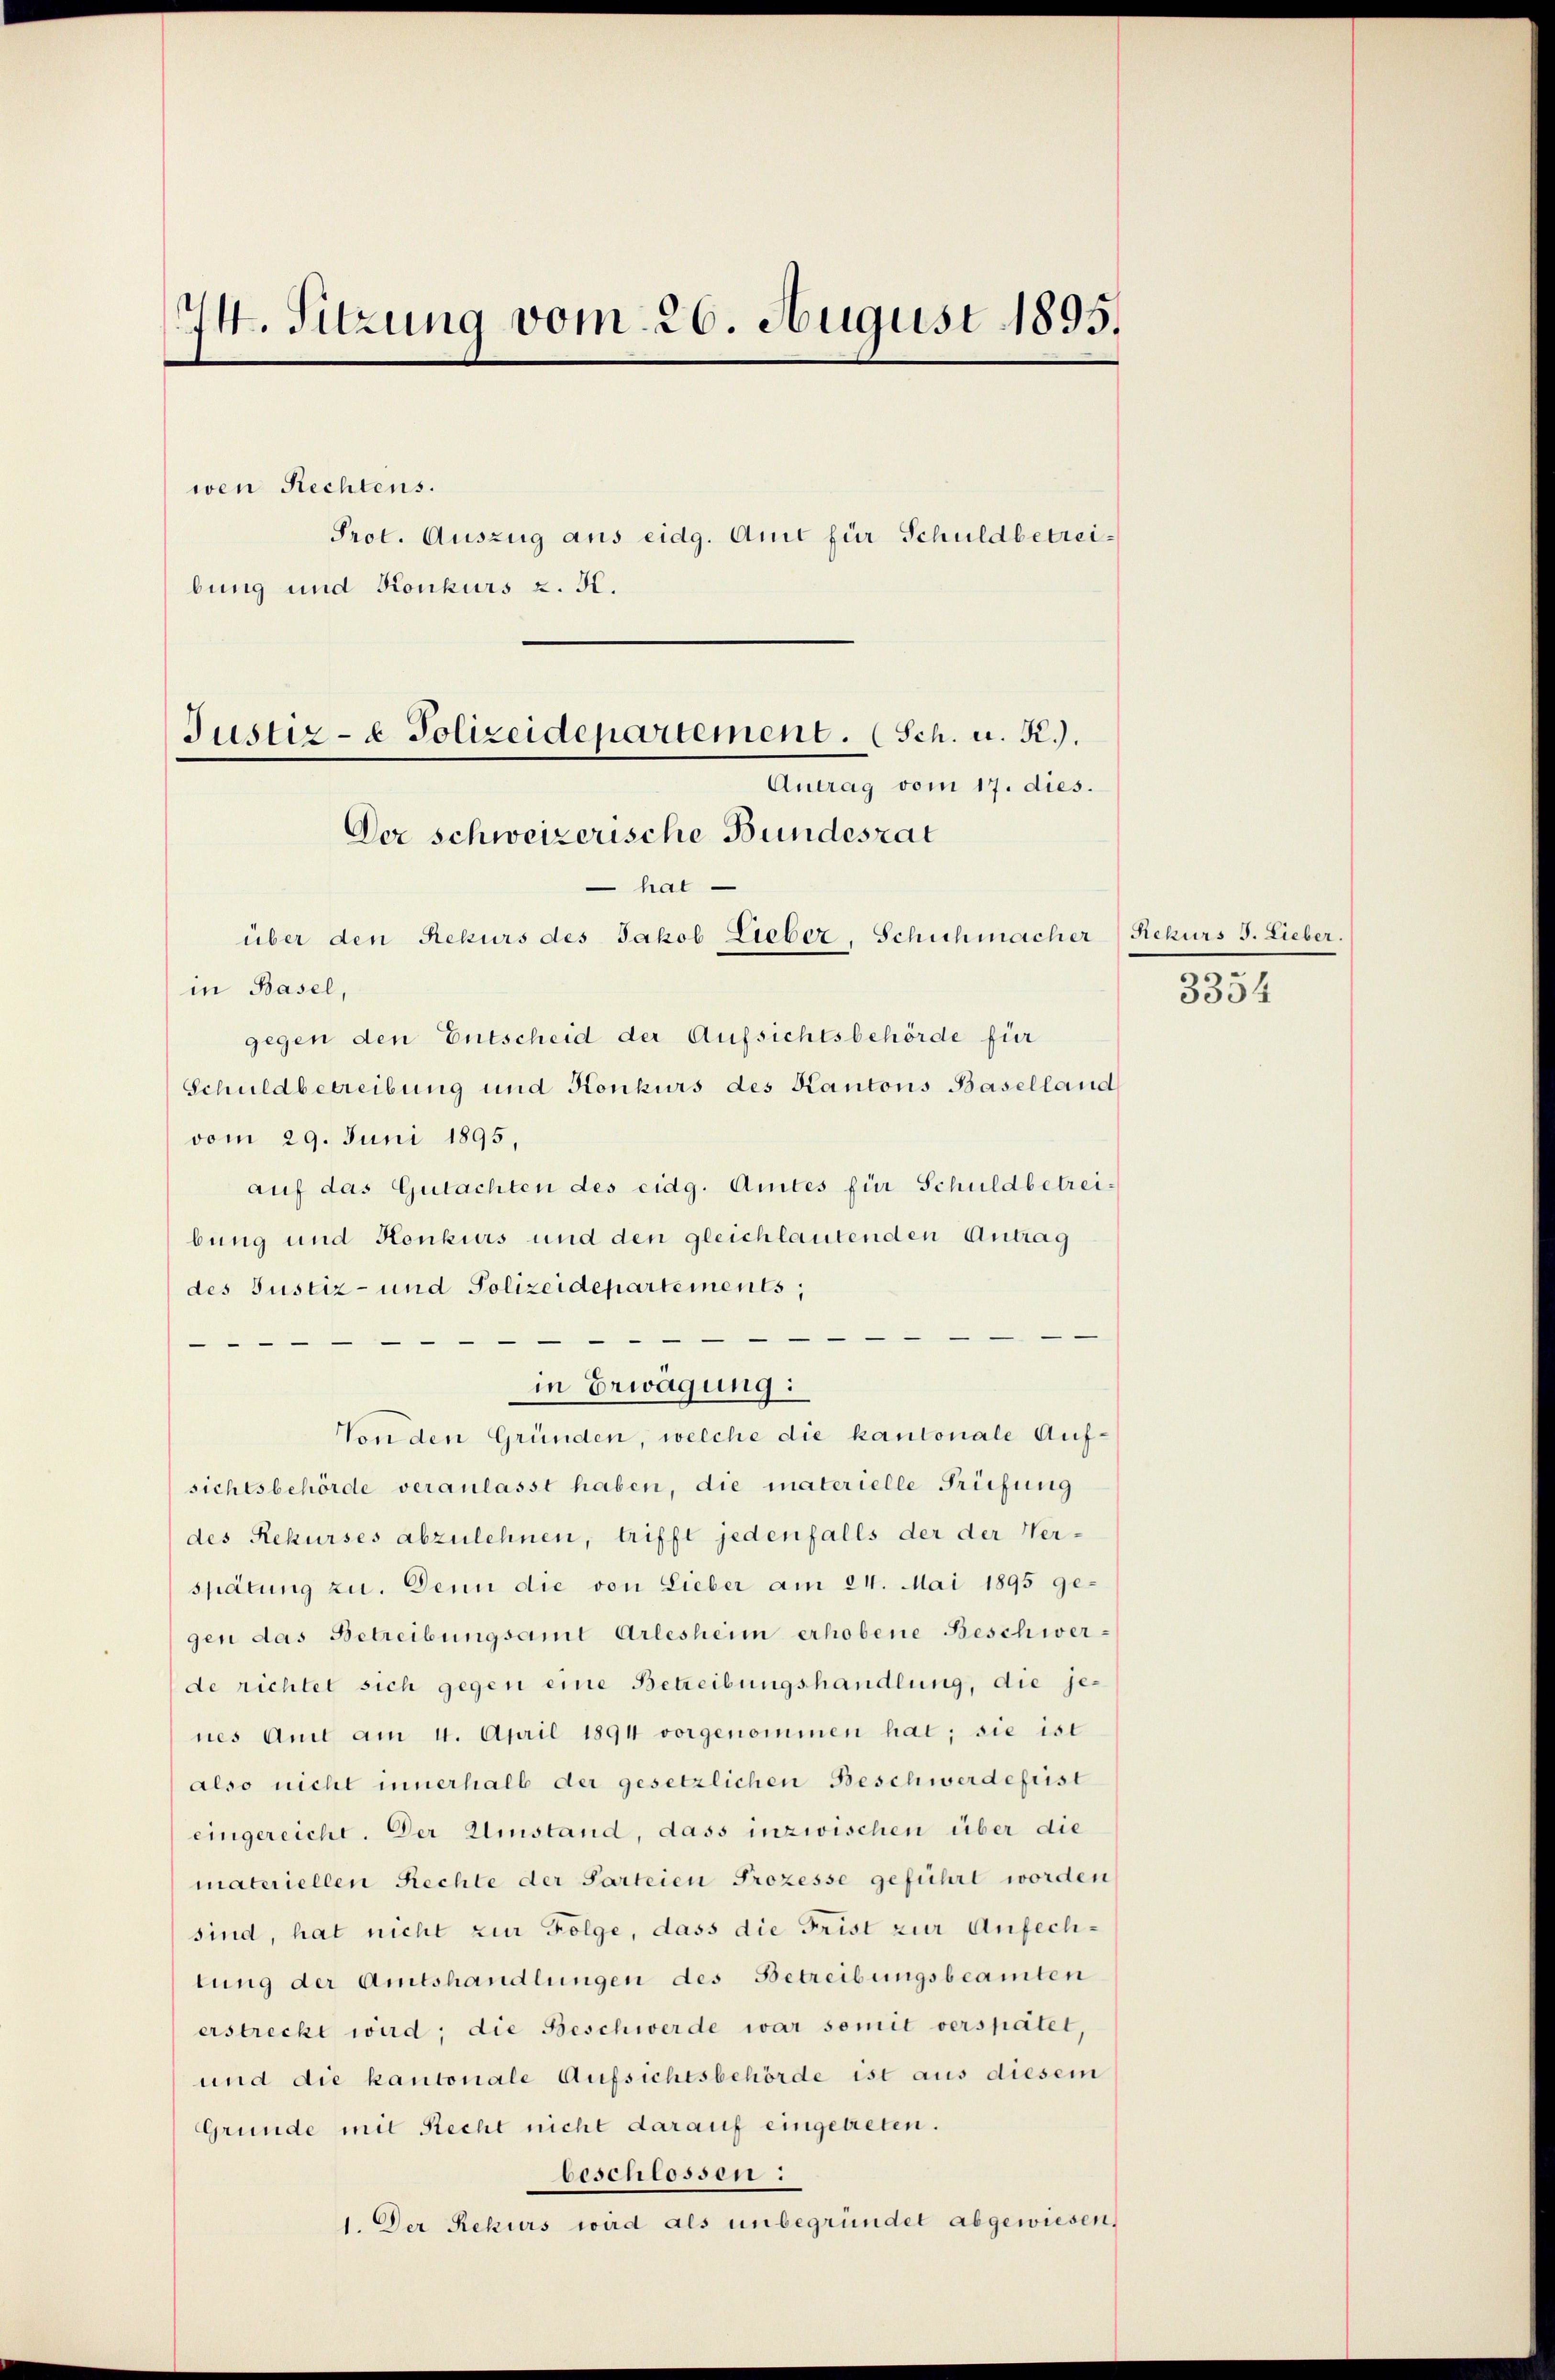
24. Sitzung vom 26. August 1895.

wen Rechtens.
Prot. Auszug aus eidg. Amt für Schuldbetreibung und Konkurs z. B.

Justiz- & Polizeidepartement. (Sch. u. R.).
Antrag vom 17. dies.
Der schweizerische Bundesrat

hat
über den Rekurs des Jakob Lieber, Schichmacher
in Basel,
gegen den Entscheid der Aufsichtsbehörde für
Schuldbetreibung und Konkurs des Kantons Baselland
vom 29. Juni 1895,
aŭf das Gutachten des eidg. Amtes für Schuldbetreibung und Konkurs und den gleichlautenden Antrag
des Justiz- und Polizeidepartements;
in Erwägung:
Von den Gründen, welche die kantonale Aufsichtsbehörde veranlasst haben, die materielle Prüfung
des Rekurses abzulehnen, trifft jedenfalls der der Verspätung zu. Denn die von Lieber am 24. Mai 1895 gegen das Betreibungsamt Arlesheim erhobene Beschwerde richtet sich gegen eine Betreibungshandlung, die jenes Amt am 4. April 1894 vorgenommen hat; sie ist
also nicht innerhalb der gesetzlichen Beschwerdefrist
eingereicht. Der Umstand, dass inzwischen über die
materiellen Rechte der Parteien Prozesse geführt worden
sind, hat nicht zur Folge, dass die Frist zur Anfechtung der Amtshandlungen des Betreibungsbeamten
erstreckt wird; die Beschwerde war somit verspätet,
und die kantonale Aufsichtsbehörde ist aus diesem
Gründe mit Recht nicht darauf eingetreten.
beschlossen:
1. Der Rekurs wird als unbegründet abgewiesen,

Rekurs J. Lieber.
3354